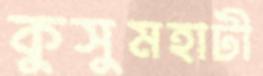
কুসুমহাটী